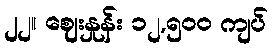
၂၂။ ဈေးနှုန်း ၁၂,၅၀၀ ကျပ်